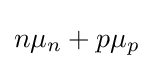
n\mu _{n}+p\mu _{p}